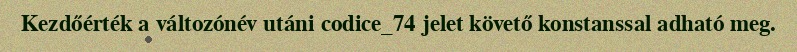
Kezdőérték a változónév utáni codice_74 jelet követő konstanssal adható meg.